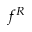
f ^ { R }